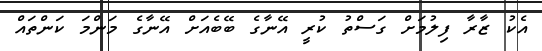
އެކު ޒާރާ ފިލުމަށް ގަސްތު ކުރީ އޭނާގެ ބޭބެއަށް އޭނާގެ މަންމަ ކަންތައް